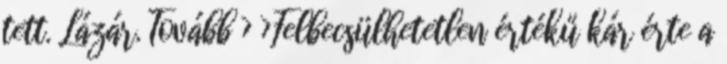
tett. Lázár. Tovább › ›Felbecsülhetetlen értékű kár érte a